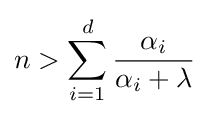
n>\sum _{i=1}^{d}{\frac {\alpha _{i}}{\alpha _{i}+\lambda }}